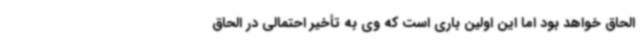
الحاق خواهد بود اما این اولین باری است که وی به تأخیر احتمالی در الحاق